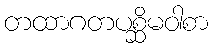
တထာဂတပစ္ဆိမဝါစာ